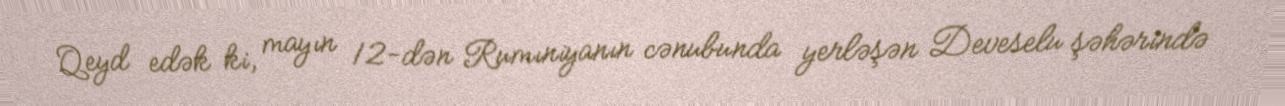
Qeyd edək ki, mayın 12-dən Rumıniyanın cənubunda yerləşən Deveselu şəhərində